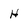
Character: H